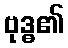
ဗုဒ္ဓ၏